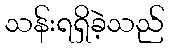
သန်းရရှိခဲ့သည်